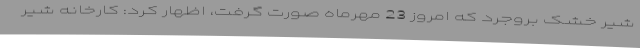
شیر خشک بروجرد که امروز 23 مهرماه صورت گرفت، اظهار کرد: کارخانه شیر